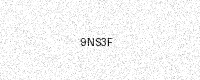
Text: 9NS3F